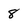
Character: 8